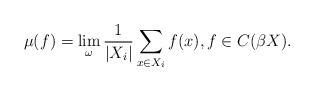
LaTeX: \begin{align*}\mu(f)=\lim_{\omega} \frac{1}{\vert X_{i}\vert}\sum_{x \in X_{i}} f(x),f\in C(\beta X).\end{align*}